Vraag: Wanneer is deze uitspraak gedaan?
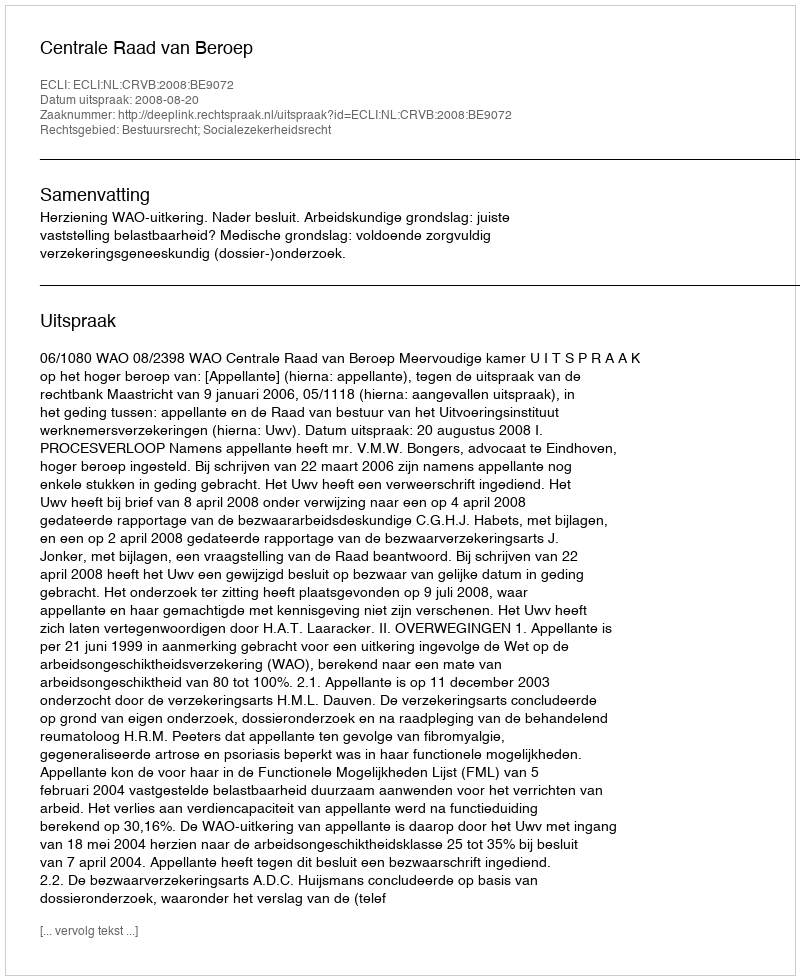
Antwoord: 2008-08-20